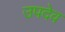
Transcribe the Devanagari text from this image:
उपदेव